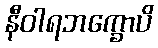
နီဝါရဘက္ခောပိ